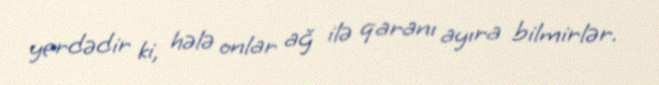
yerdədir ki, hələ onlar ağ ilə qaranı ayıra bilmirlər.